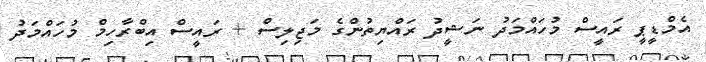
އެމްޑީޕީ ރައީސް މުހައްމަދު ނަޝީދު ރައްޔިތުންގެ މަޖިލިސް + ރައީސް އިބްރާހިމް މުހައްމަދު